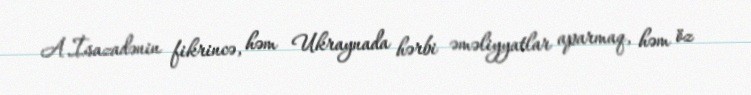
A.İsazadənin fikrincə, həm Ukraynada hərbi əməliyyatlar aparmaq, həm öz